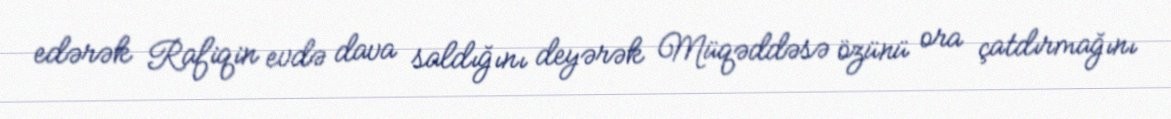
edərək Rafiqin evdə dava saldığını deyərək Müqəddəsə özünü ora çatdırmağını